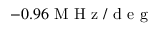
- 0 . 9 6 \mathrm { ~ M ~ H ~ z ~ / ~ d ~ e ~ g ~ }